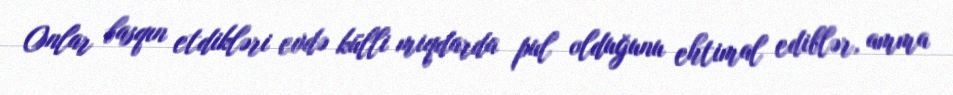
Onlar basqın etdikləri evdə külli miqdarda pul olduğunu ehtimal ediblər, amma